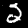
Digit: 2